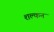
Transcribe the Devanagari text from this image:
शल्‍कन